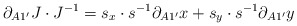
\begin{align*}\partial_{A1^{\prime}}J\cdot J^{-1}=s_x\cdot s^{-1}\partial_{A1^{\prime}}x+s_y\cdot s^{-1}\partial_{A1^{\prime}}y\end{align*}